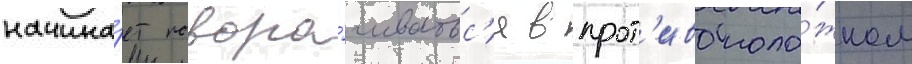
начина́ет повора́чиватьс'я в прот'ивополо́жном